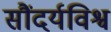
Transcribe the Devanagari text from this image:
सौंदर्यविश्व